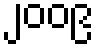
၂၀၀၉